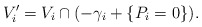
\begin{align*} V'_i=V_i\cap(-\gamma_i+\{P_i=0\}). \end{align*}